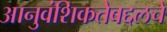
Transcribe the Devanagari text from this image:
आनुवंशिकतेबद्दलचे